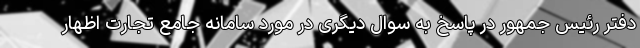
دفتر رئیس جمهور در پاسخ به سوال دیگری در مورد سامانه جامع تجارت اظهار